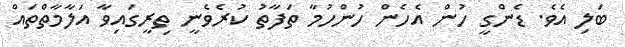
ބަލި އެވެ. ޑެންގީ ހުން އެހެން ހުންހުމާ ތަފާތު ކުރެވެނީ ތިރީގައިވާ އަލާމާތްތައް